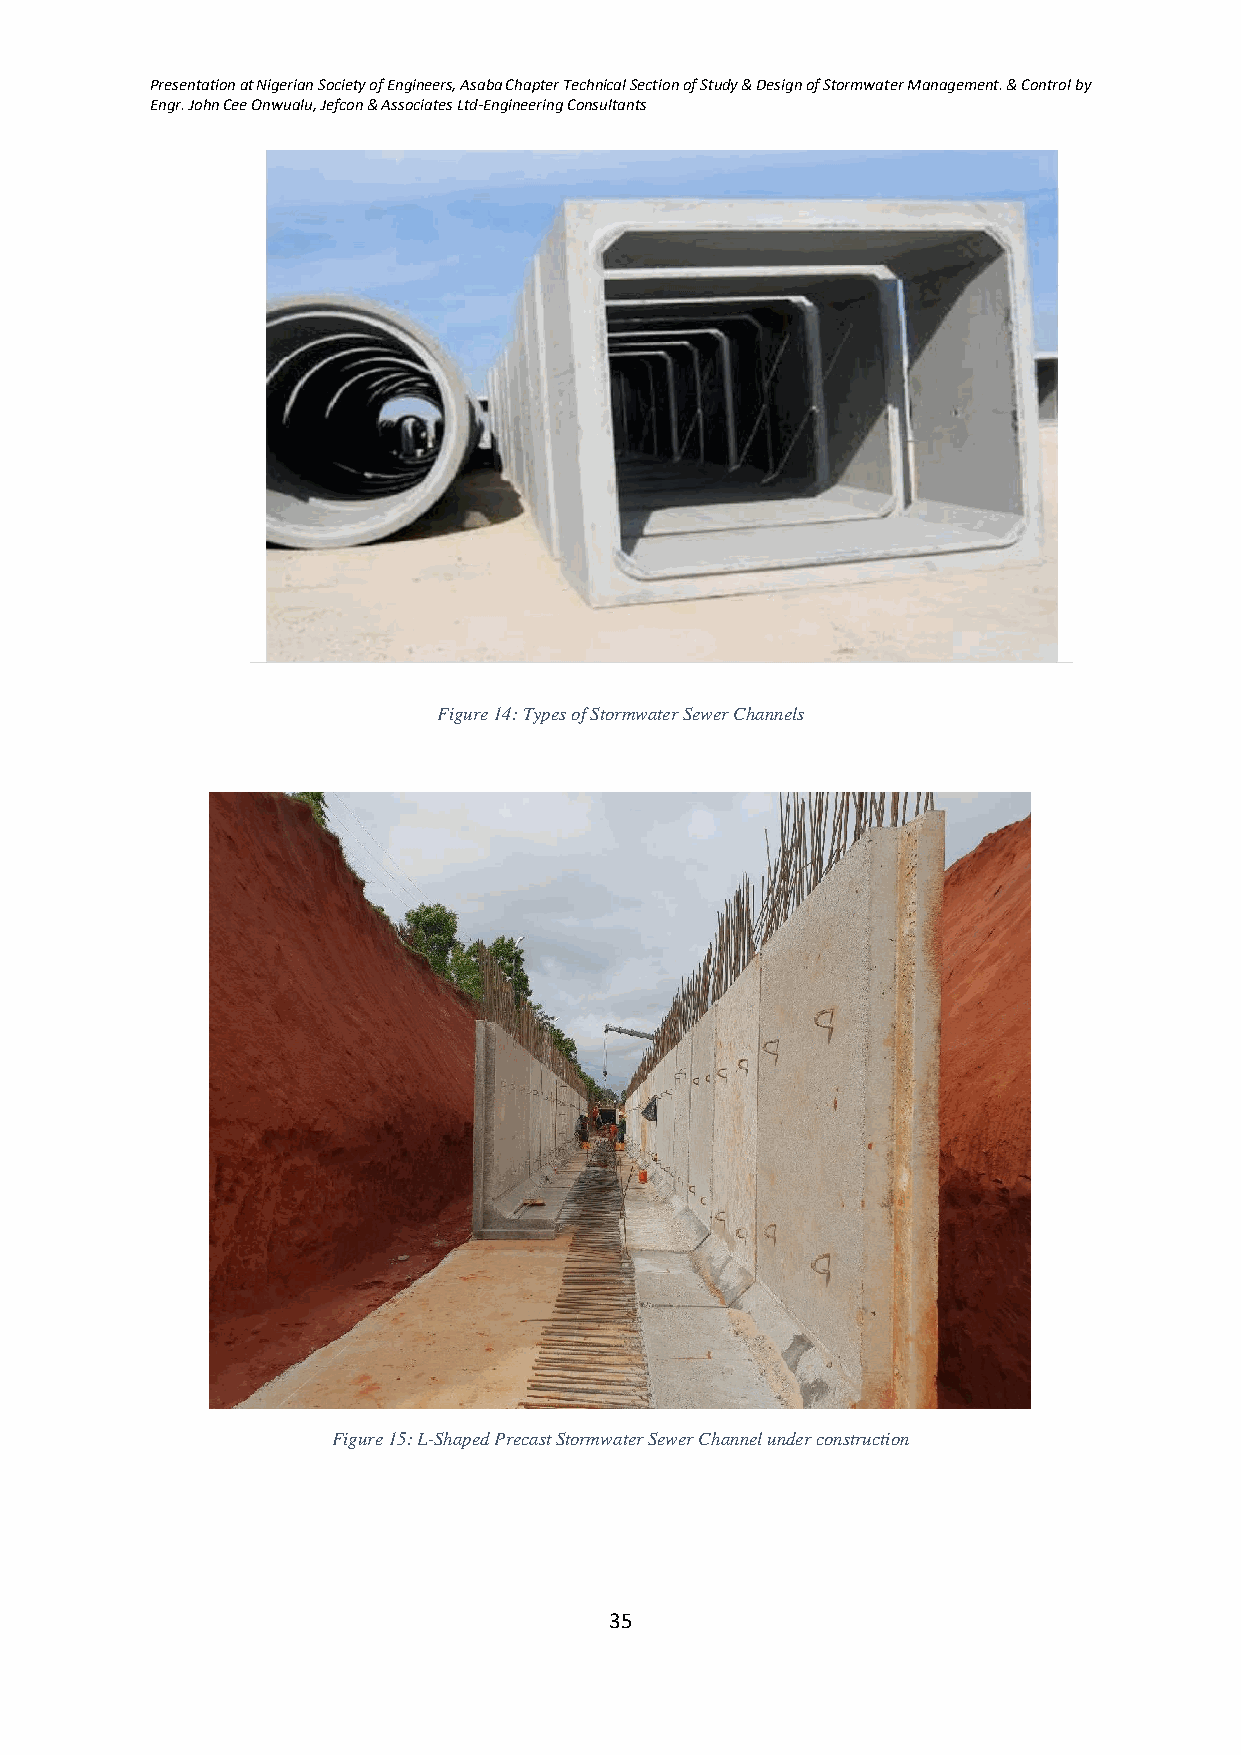
Presentation at Nigerian Society of Engineers, Asaba Chapter Technical Section of Study & Design of Stormwater Management. & Control by
 Engr. John Cee Onwualu, Jefcon & Associates Ltd-Engineering Consultants
 Figure 14: Types of Stormwater Sewer Channels
 Figure 15: L-Shaped Precast Stormwater Sewer Channel under construction
 35